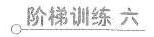
阶梯训练六